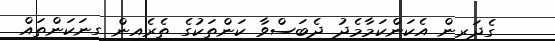
ގެދަރިން އެކަންކަމާމެދު ދެބަސްވާ ކަންތަކުގެ ތެރެއިން ގިނަކަންތައް